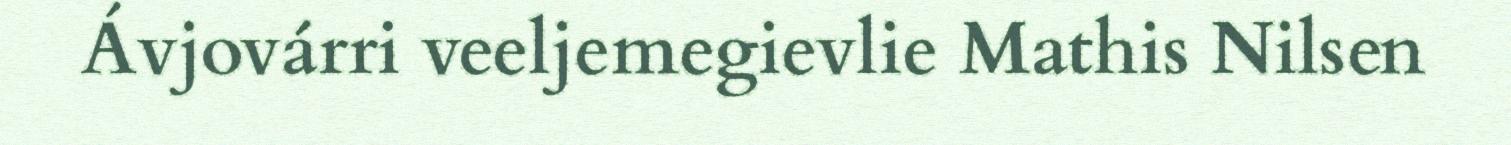
Ávjovárri veeljemegievlie Mathis Nilsen